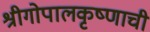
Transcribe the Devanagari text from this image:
श्रीगोपालकृष्णाची